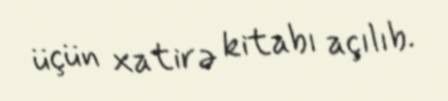
üçün xatirə kitabı açılıb.